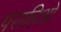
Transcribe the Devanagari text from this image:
पराहिओ